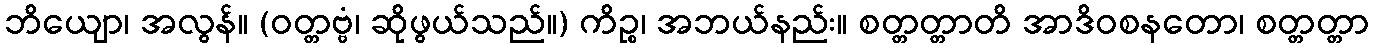
ဘိယျော၊ အလွန်။ (ဝတ္တဗ္ဗံ၊ ဆိုဖွယ်သည်။) ကိဉ္စ၊ အဘယ်နည်း။ စတ္တတ္တာတိ အာဒိဝစနတော၊ စတ္တတ္တာ